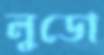
লুডো